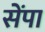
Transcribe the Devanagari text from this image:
सेंपा